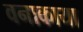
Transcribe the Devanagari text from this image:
वनाकाया